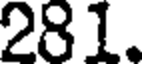
281.